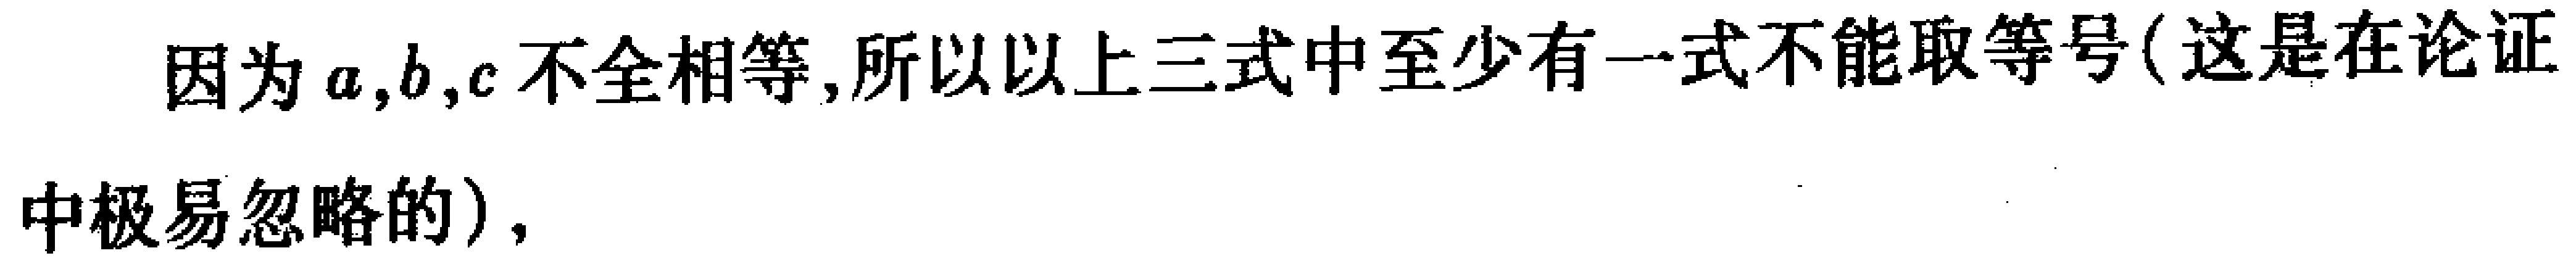
因为\(a,b,c\)不全相等,所以以上三式中至少有一式不能取等号(这是在论证中极易忽略的),